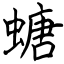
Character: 螗